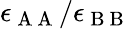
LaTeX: \epsilon_{\mathrm{~A~A~}}/\epsilon_{\mathrm{~B~B~}}